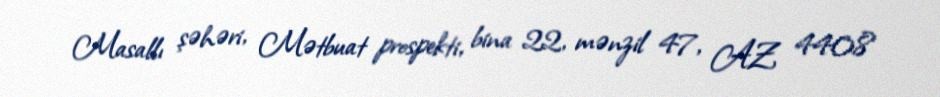
Masallı şəhəri, Mətbuat prospekti, bina 22, mənzil 47, AZ 4408